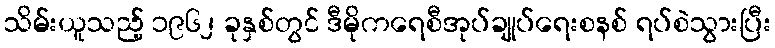
သိမ်းယူသည့် ၁၉၆၂ ခုနှစ်တွင် ဒီမိုကရေစီအုပ်ချုပ်ရေးစနစ် ရပ်စဲသွားပြီး